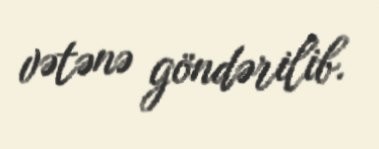
vətənə göndərilib.